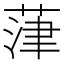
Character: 葏